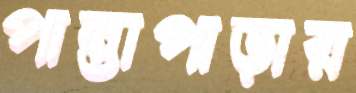
পান্তাপাড়ার